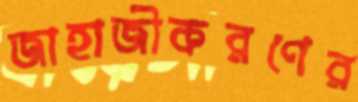
জাহাজীকরণের